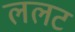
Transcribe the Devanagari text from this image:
ललट